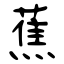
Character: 蕉